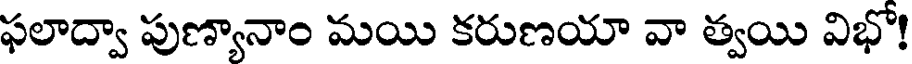
ఫలాద్వా పుణ్యానాం మయి కరుణయా వా త్వయి విభో!